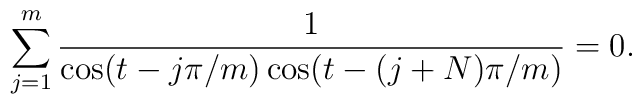
\sum_{j=1}^{m}{1\over{\cos(t-{j\pi/ m})\cos(t-{(j+N)\pi/ m})}}   =0.